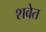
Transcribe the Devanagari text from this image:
शवेत